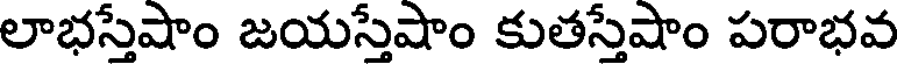
లాభస్తేషాం జయస్తేషాం కుతస్తేషాం పరాభవ